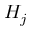
H _ { j }